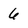
Character: 6